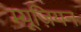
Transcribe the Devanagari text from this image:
म्यूज़ियन